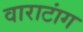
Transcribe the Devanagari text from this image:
वाराटांग